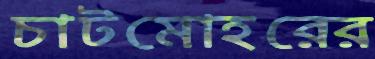
চাটমোহরের